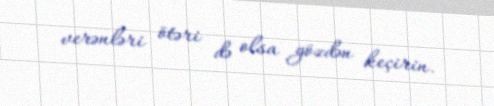
verənləri ötəri də olsa gözdən keçirin.